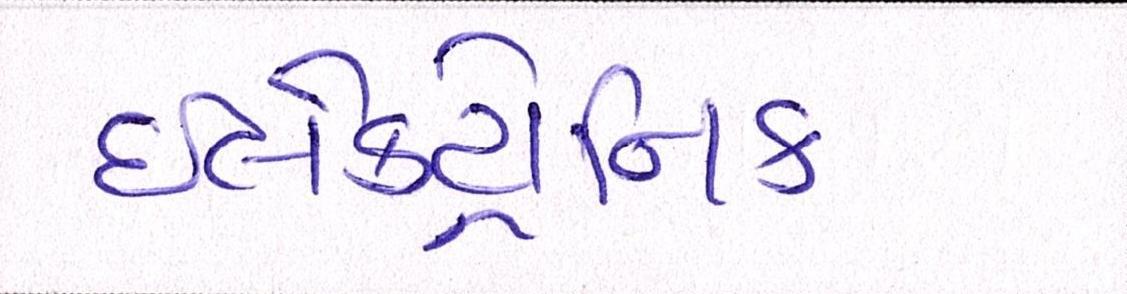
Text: ઇલેક્ટ્રોનિક